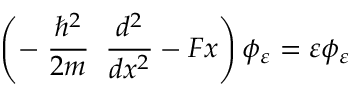
\left( - \; \frac { \hbar ^ { 2 } } { 2 m } \; \; \frac { d ^ { 2 } } { d x ^ { 2 } } - F x \right) \phi _ { \varepsilon } = \varepsilon \phi _ { \varepsilon }